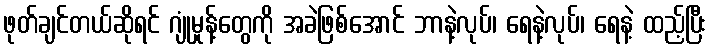
ဖုတ်ချင်တယ်ဆိုရင် ဂျုံမှုန့်တွေကို အခဲဖြစ်အောင် ဘာနဲ့လုပ်၊ ရေနဲ့လုပ်၊ ရေနဲ့ ထည့်ပြီး